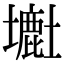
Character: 𡒲